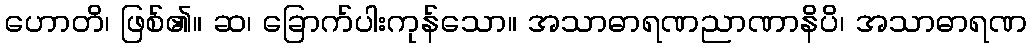
ဟောတိ၊ ဖြစ်၏။ ဆ၊ ခြောက်ပါးကုန်သော။ အသာဓာရဏညာဏာနိပိ၊ အသာဓာရဏ